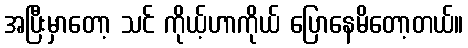
အပြီးမှာတော့ သင် ကိုယ့်ဟာကိုယ် ပြောနေမိတော့တယ်။